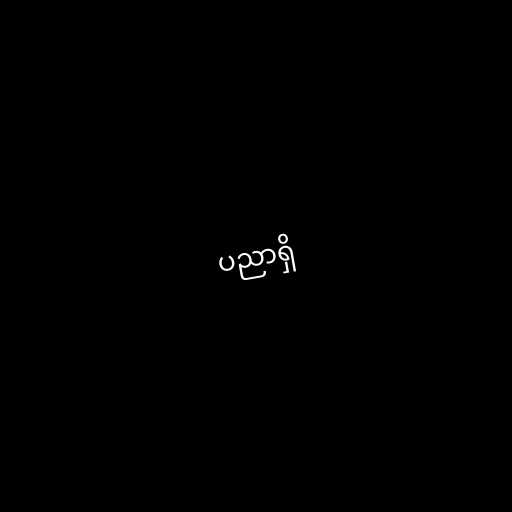
ပညာရှိ